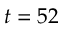
t = 5 2